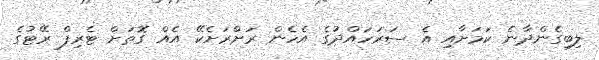
ލިބިގެންދާނެ ކަމަށާއި އެ ސަރަހައްދުގެ އެހެން ރަށްރަށެކޭ އެއް ގޮތަށް ޓެރިފް ރޭޓުގެ